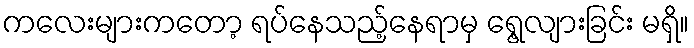
ကလေးများကတော့ ရပ်နေသည့်နေရာမှ ရွေ့လျားခြင်း မရှိ။